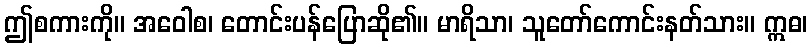
ဤစကားကို။ အဝေါစ၊ တောင်းပန်ပြောဆို၏။ မာရိသာ၊ သူတော်ကောင်းနတ်သား။ ဣဓ၊